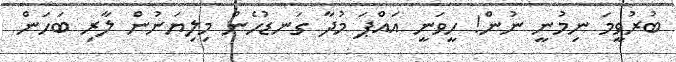
ބުރުވީމަ ނިމުނީ ނުން! ހީވަނީ އައްޕަ މުދާ ގަނޑުހެން މިލިޔަނުން ލާރި ބަހަން